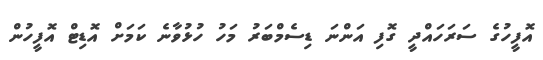
އޮފީހުގެ ސަރަހައްދީ ގޮފި އަންނަ ޑިސެމްބަރު މަހު ހުޅުވާނެ ކަމަށް އޮޑިޓް އޮފީހުން